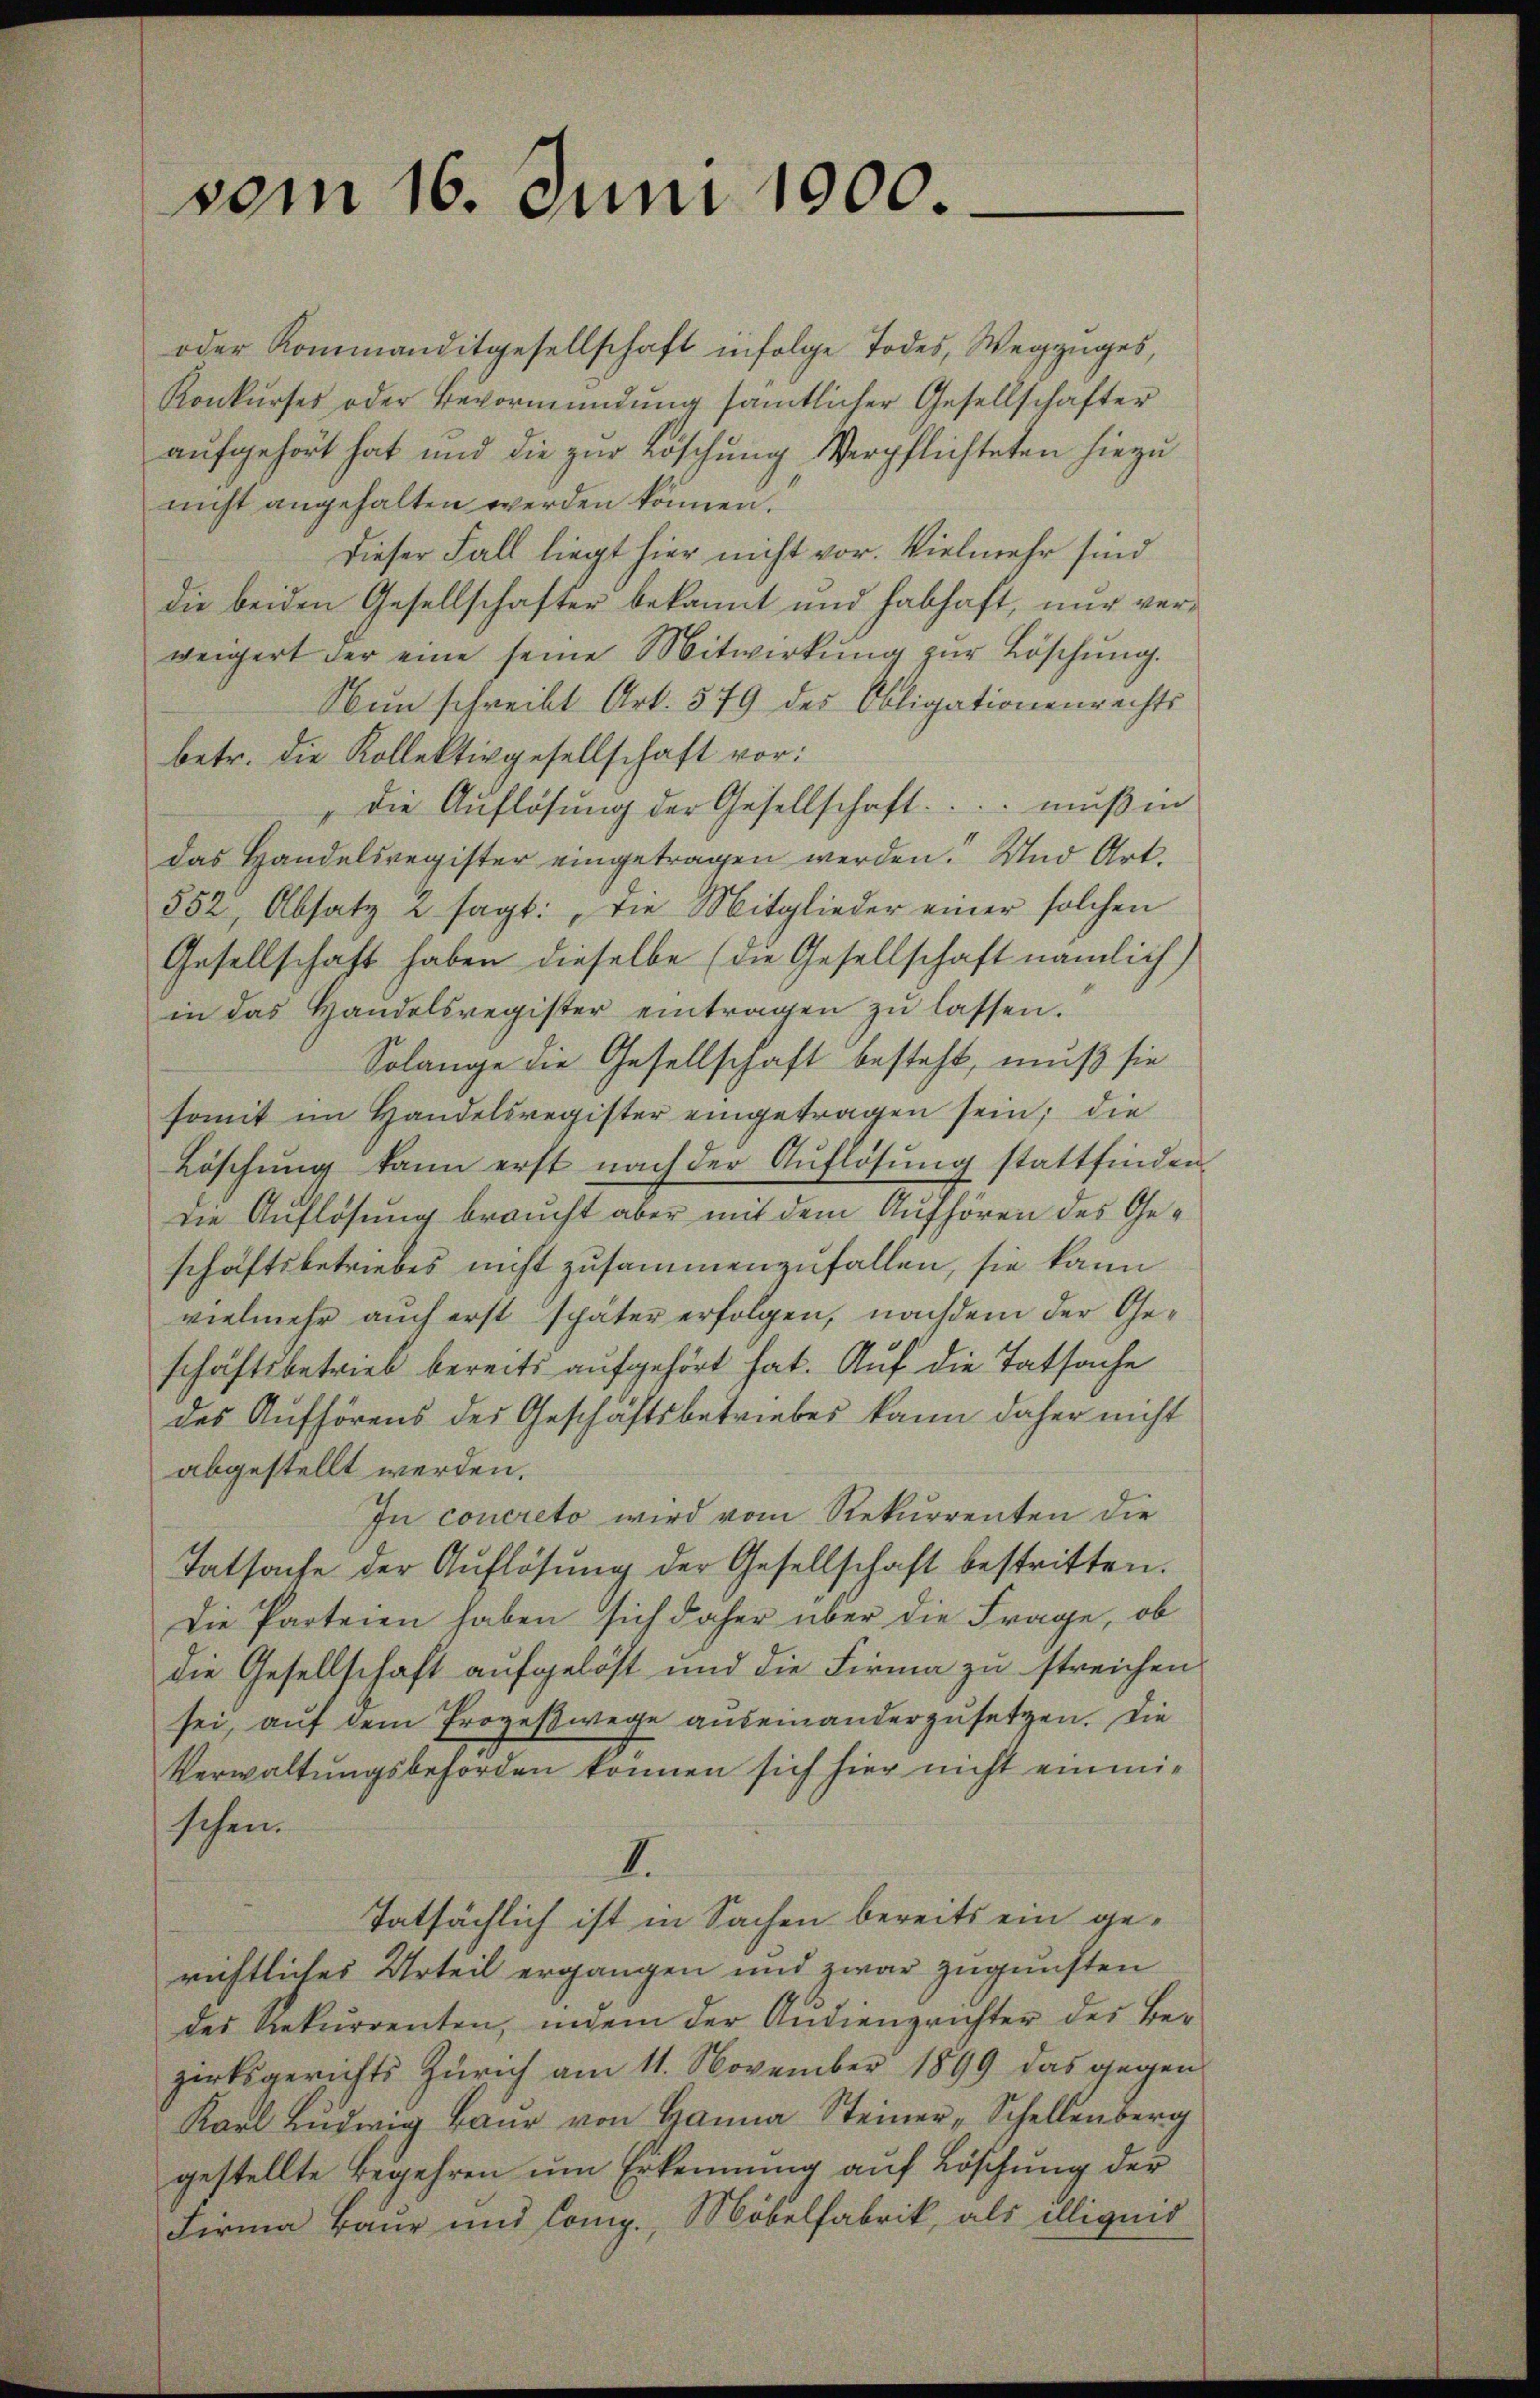
vom 16. Juni 1900.

oder Kommanditgesellschaft infolge Todes, Wegzuges,
Konkurses oder Bevormundung sämtlicher Gesellschafter
aufgehört hat und die zur Löschung Verpflichteten hiezu
nicht angehalten werden können.
Dieser Fall liegt hier nicht vor. Vielmehr sind
die beiden Gesellschafter bekannt und habhaft, nur verweigert der eine seine Mitwirkung zŭr Böschung.
Nun schreibt Art. 579 des Obligationenrechts
betr. die Kollektivgesellschaft vor:
" die Auflösung der Gesellschaft ... muß in
das Handelsregister eingetragen werden. Und Art.
552, Absatz u sagt: „Die Mitglieder einer solchen
Gesellschaft haben dieselbe (die Gesellschaft nämlich)
in das Handelsregister eintragen zŭ lassen.
Solange die Gesellschaft besteht, muß sie
somit im Handelsregister eingetragen sein; die
Löschŭng kann erst nach der Auflösung stattfinden
die Auflösung braucht aber mit dem Aufhören des Geschaftsbetriebes nicht zusammenzufallen, sie kann
vielmehr auch erst später erfolgen, nachdem der Ge-
schäftsbetrieb bereits aufgehört hat. Auf die Tatsache
des Aufhörens des Geschäftsbetriebes kann daher nicht
abgestellt werden.
In concreto wird vom Rekurrenten die
Tatsache der Auflösung der Gesellschaft bestritten.
Die Parteien haben sich daher über die Frage, ob
die Gesellschaft aufgelöst und die Firma zu streichen
sei, auf dem Prozeßwege auseinanderzusetzen. Die
Verwaltungsbehörden können sich hier nicht einmischen.
I.
Tatsächlich ist in Sachen bereits ein gerichtliches Urteil ergangen und zwar zugunsten
des Rekurrenten, indem der Audienzrichter des Bezirksgerichts Zürich am 11. November 1899 das gegen
Karl Ludwig Baur von Hanna Steiner, Schellenberg
gestellte Begehren um Erkennung auf Löschung der
Firma Baur und Comp., Möbelfabrik, als illiquid